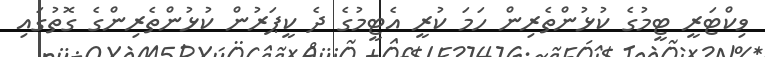
ވިކްޓަރީ ޓީމުގެ ކުޅުންތެރިން ހަމަ ކުރީ އެޓީމުގެ ދެ ކީޕަރުން ކުޅުންތެރިންގެ ގޮތުގައި